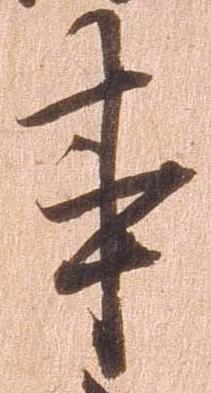
事